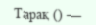
Тарақ () —